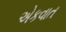
એકવાત